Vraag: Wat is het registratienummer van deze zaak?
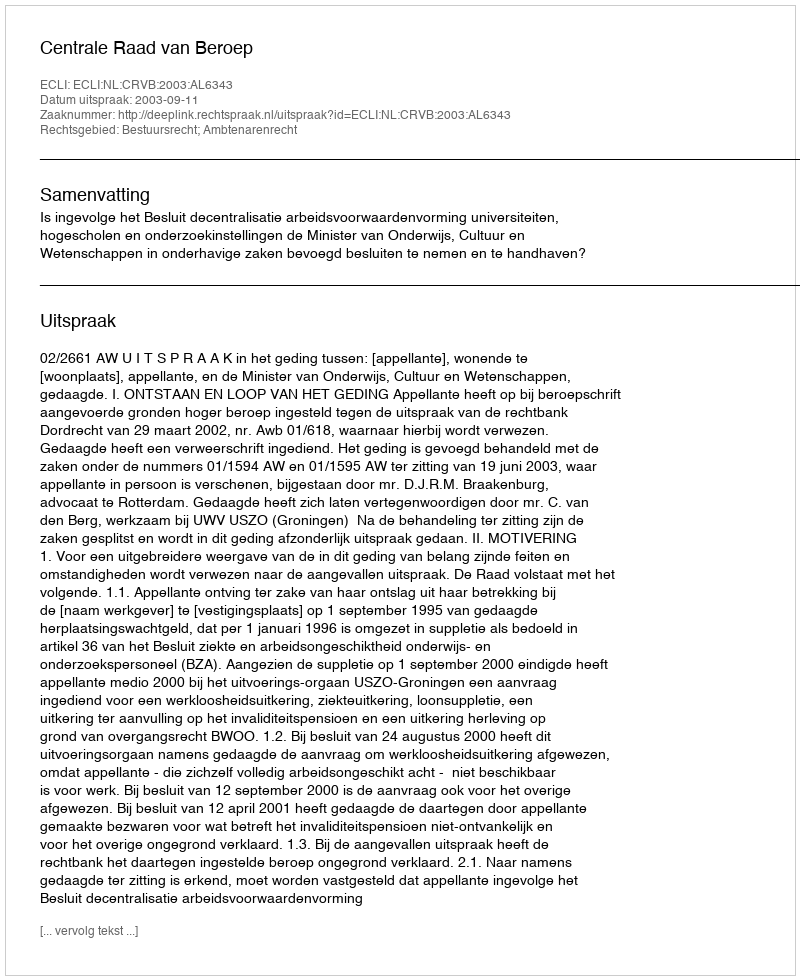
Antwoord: http://deeplink.rechtspraak.nl/uitspraak?id=ECLI:NL:CRVB:2003:AL6343